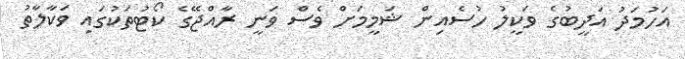
އަހުމަދު އަދީބުގެ ވަކީލު ހުސެއިން ޝަމީމަށް ވެސް ވަނީ ރާއްޖޭގެ ކޯޓުތަކުގައި ވަކާލާތު